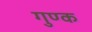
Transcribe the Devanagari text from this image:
गुण्क